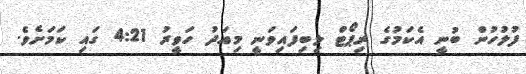
ފުލުހުން ބުނީ އެކަމުގެ ރިޕޯޓް ލިބިފައިވަނީ މިއަދު ހަވީރު 4:21 ގައި ކަމަށެވެ.